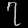
Digit: ၇